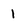
Character: 1